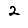
Digit: 2